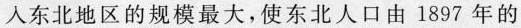
入东北地区的规模最大，使东北人口由 1897 年的